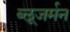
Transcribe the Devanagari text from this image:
ब्लूजर्मन